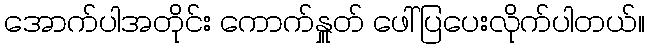
အောက်ပါအတိုင်း ကောက်နှူတ် ဖေါ်ပြပေးလိုက်ပါတယ်။